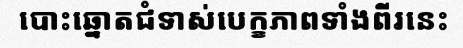
បោះឆ្នោតជំទាស់បេក្ខភាពទាំងពីរនេះ